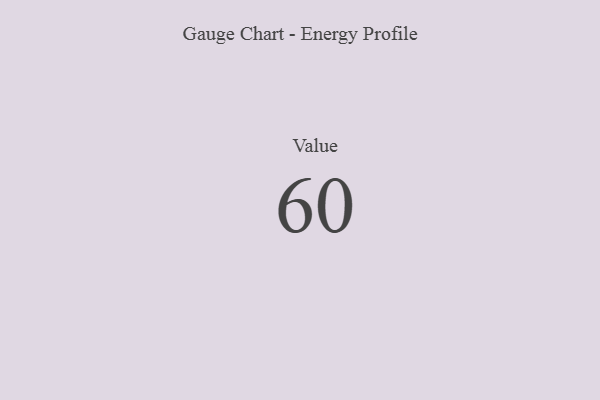
{"axis": {"x": "Metric", "y": "Value"}, "legend": [""], "data": [{"x": "Value", "y": 60, "type": ""}]}